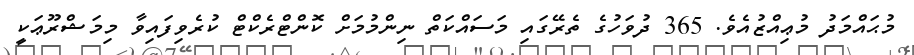
މުޙައްމަދު މުޢިއްޒުއެވެ. 365 ދުވަހުގެ ތެރޭގައި މަސައްކަތް ނިންމުމަށް ކޮންޓްރެކްޓް ކުރެވިފައިވާ މިމަޝްރޫޢަކީ